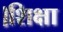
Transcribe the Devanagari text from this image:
।शिक्षा